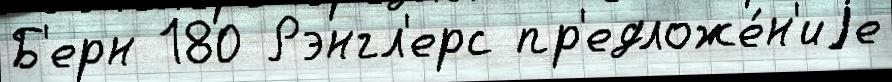
Б'ерн 180 Рэнгл'ерс пр'едложе́н'иjе